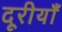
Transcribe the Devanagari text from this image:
दूरीयाँ